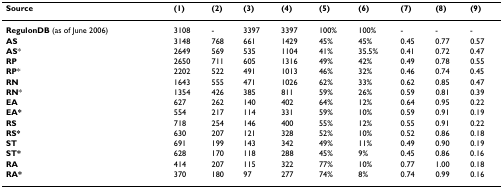
<table><thead><tr><td><b>Source</b></td><td><b>(1)</b></td><td><b>(2)</b></td><td><b>(3)</b></td><td><b>(4)</b></td><td><b>(5)</b></td><td><b>(6)</b></td><td><b>(7)</b></td><td><b>(8)</b></td><td><b>(9)</b></td></tr></thead><tbody><tr><td><b>RegulonDB </b>(as of June 2006)</td><td>3108</td><td>-</td><td>3397</td><td>3397</td><td>100%</td><td>100%</td><td>-</td><td>-</td><td>-</td></tr><tr><td><b>AS</b></td><td>3148</td><td>768</td><td>661</td><td>1429</td><td>45%</td><td>45%</td><td>0.45</td><td>0.77</td><td>0.57</td></tr><tr><td><b>AS</b>*</td><td>2649</td><td>569</td><td>535</td><td>1104</td><td>41%</td><td>35.5%</td><td>0.41</td><td>0.72</td><td>0.47</td></tr><tr><td><b>RP</b></td><td>2650</td><td>711</td><td>605</td><td>1316</td><td>49%</td><td>42%</td><td>0.49</td><td>0.78</td><td>0.55</td></tr><tr><td><b>RP</b>*</td><td>2202</td><td>522</td><td>491</td><td>1013</td><td>46%</td><td>32%</td><td>0.46</td><td>0.74</td><td>0.45</td></tr><tr><td><b>RN</b></td><td>1643</td><td>555</td><td>471</td><td>1026</td><td>62%</td><td>33%</td><td>0.62</td><td>0.85</td><td>0.47</td></tr><tr><td><b>RN</b>*</td><td>1354</td><td>426</td><td>385</td><td>811</td><td>59%</td><td>26%</td><td>0.59</td><td>0.81</td><td>0.39</td></tr><tr><td><b>EA</b></td><td>627</td><td>262</td><td>140</td><td>402</td><td>64%</td><td>12%</td><td>0.64</td><td>0.95</td><td>0.22</td></tr><tr><td><b>EA*</b></td><td>554</td><td>217</td><td>114</td><td>331</td><td>59%</td><td>10%</td><td>0.59</td><td>0.91</td><td>0.19</td></tr><tr><td><b>RS</b></td><td>718</td><td>254</td><td>146</td><td>400</td><td>55%</td><td>12%</td><td>0.55</td><td>0.91</td><td>0.22</td></tr><tr><td><b>RS*</b></td><td>630</td><td>207</td><td>121</td><td>328</td><td>52%</td><td>10%</td><td>0.52</td><td>0.86</td><td>0.18</td></tr><tr><td><b>ST</b></td><td>691</td><td>199</td><td>143</td><td>342</td><td>49%</td><td>11%</td><td>0.49</td><td>0.90</td><td>0.19</td></tr><tr><td><b>ST*</b></td><td>628</td><td>170</td><td>118</td><td>288</td><td>45%</td><td>9%</td><td>0.45</td><td>0.86</td><td>0.16</td></tr><tr><td><b>RA</b></td><td>414</td><td>207</td><td>115</td><td>322</td><td>77%</td><td>10%</td><td>0.77</td><td>1.00</td><td>0.18</td></tr><tr><td><b>RA*</b></td><td>370</td><td>180</td><td>97</td><td>277</td><td>74%</td><td>8%</td><td>0.74</td><td>0.99</td><td>0.16</td></tr></tbody></table>